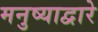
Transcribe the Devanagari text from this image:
मनुष्याद्वारे